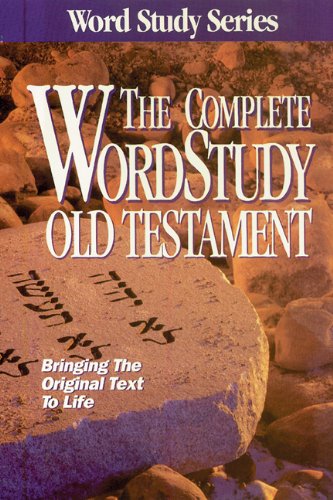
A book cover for The Complete Word Study Old Testament (Word Study Series); Dr. Warren Patrick Baker D.R.E.; Christian Books & Bibles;